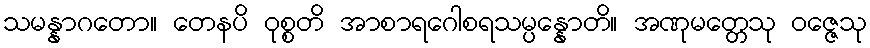
သမန္နာဂတော။ တေနပိ ဝုစ္စတိ အာစာရဂေါစရသမ္ပန္နောတိ။ အဏုမတ္တေသု ဝဇ္ဇေသု